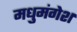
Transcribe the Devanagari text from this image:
मधुमंगेश